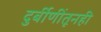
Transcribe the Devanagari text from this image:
दुर्बीणींतूनही